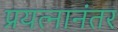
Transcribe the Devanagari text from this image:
प्रयत्नानंतर